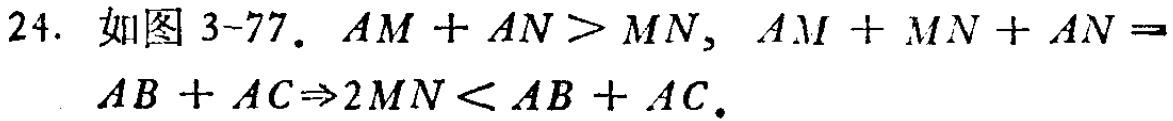
24. 如图 3-77. \(AM + AN>MN\), \(AM + MN + AN = AB + AC\Rightarrow2MN<AB + AC\).